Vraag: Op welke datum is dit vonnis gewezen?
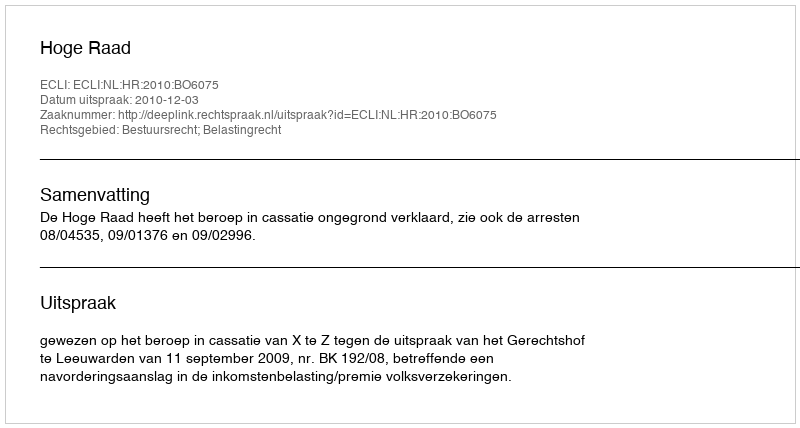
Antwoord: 2010-12-03